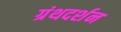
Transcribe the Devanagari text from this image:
ग्रंथदर्शन